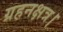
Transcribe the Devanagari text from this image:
ग्रहनक्षत्र।